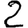
Digit: 2